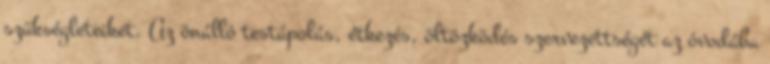
szükségleteiket. Az önálló testápolás, étkezés, öltözködés szervezettségét az óvodába